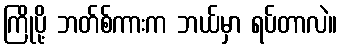
ကြိုပို့ ဘတ်စ်ကားက ဘယ်မှာ ရပ်တာလဲ။